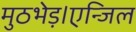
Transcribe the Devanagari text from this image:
मुठभेड़।एन्जिल